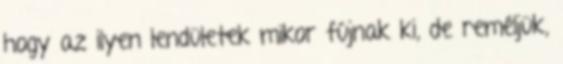
hogy az ilyen lendületek mikor fújnak ki, de reméljük,